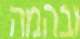
ובהמה